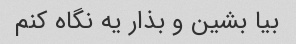
بیا بشین و بذار یه نگاه کنم